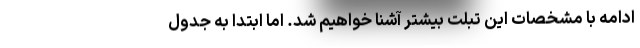
ادامه با مشخصات این تبلت بیشتر آشنا خواهیم شد. اما ابتدا به جدول